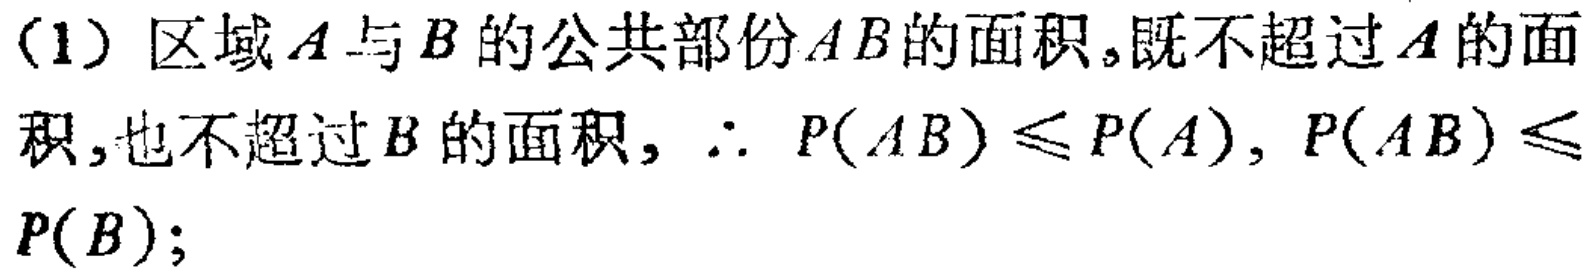
(1) 区域\(A\)与\(B\)的公共部份\(AB\)的面积,既不超过\(A\)的面积,也不超过\(B\)的面积, \(\therefore P(AB)\leq P(A), P(AB)\leq P(B);\)